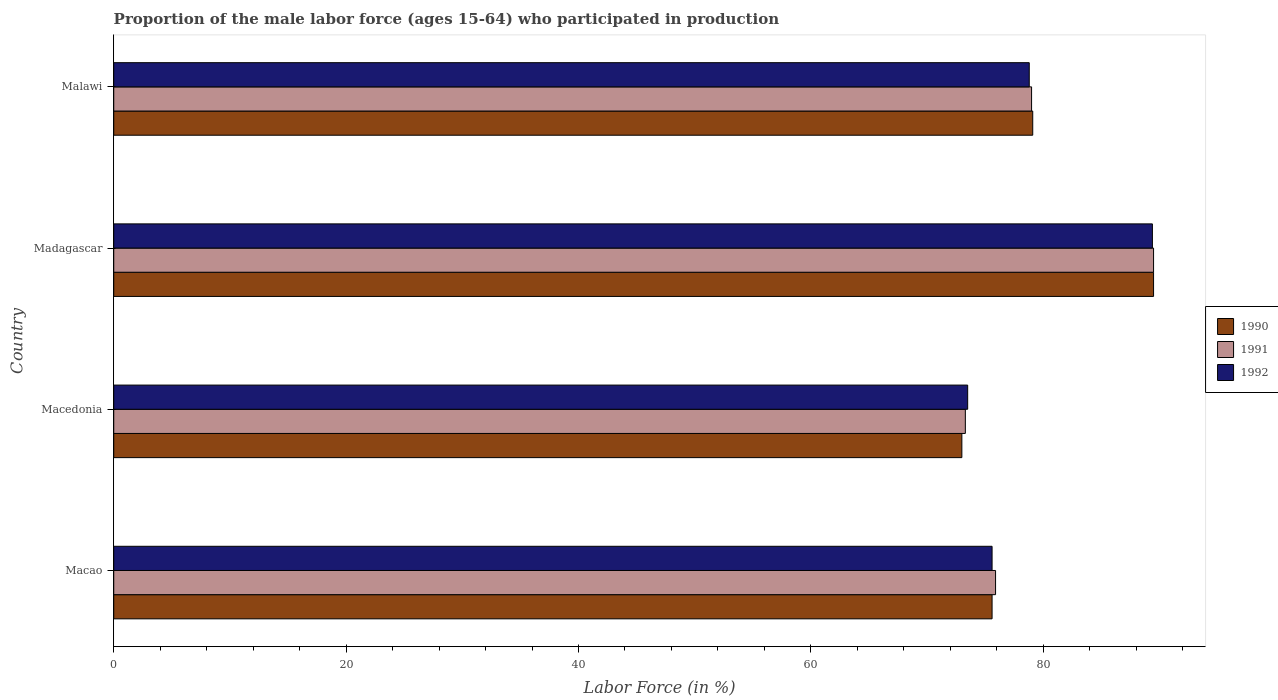
| Country | 1990 | 1991 | 1992 |
 | --- | --- | --- | --- |
 | Macao | 75.6 | 75.9 | 75.6 |
 | Macedonia | 73 | 73.3 | 73.5 |
 | Madagascar | 89.5 | 89.5 | 89.4 |
 | Malawi | 79.1 | 79 | 78.8 |